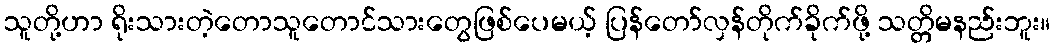
သူတို့ဟာ ရိုးသားတဲ့တောသူတောင်သားတွေဖြစ်ပေမယ့် ပြန်တော်လှန်တိုက်ခိုက်ဖို့ သတ္တိမနည်းဘူး။